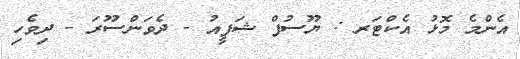
އެންމެ މޮޅު އެކްޓަރ : ޔޫސުފް ޝަފީއު - ދެވަންސޫރަ - ދިވެހި